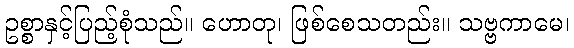
ဥစ္စာနှင့်ပြည့်စုံသည်။ ဟောတု၊ ဖြစ်စေသတည်း။ သဗ္ဗကာမေ၊